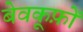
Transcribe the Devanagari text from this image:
बेवकूफ़ों